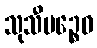
သုသီမဉ္စေဝ